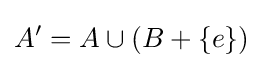
A'=A\cup (B+\{e\})